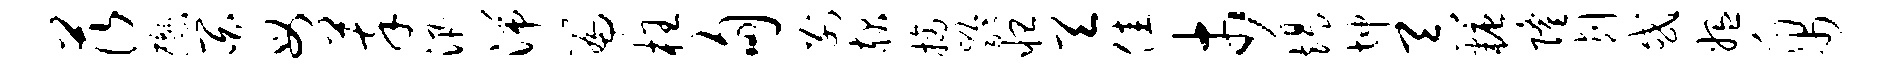
茨懋百母萃汛湍篇枉甸别赧摘龄怛天佳市竭坤吞糖隆削或媪帛